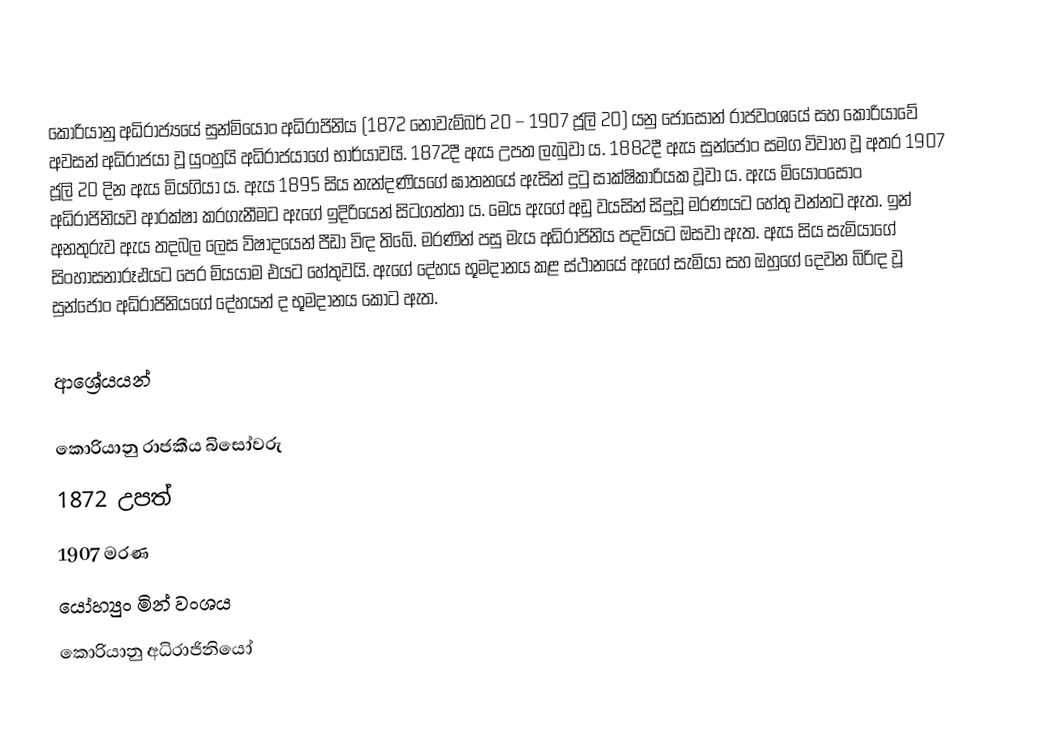
කොරියානු අධිරාජ්‍යයේ සුන්මියොං අධිරාජිනිය (1872 නොවැම්බර් 20 – 1907 ජූලි 20) යනු ජොසොන් රාජවංශයේ සහ කොරියාවේ අවසන් අධිරාජයා වූ යුංහුයි අධිරාජයාගේ භාර්යාවයි. 1872දී ඇය උපත ලැබුවා ය. 1882දී ඇය සුන්ජොං සමග විවාහ වූ අතර 1907 ජූලි 20 දින ඇය මියගියා ය. ඇය 1895 සිය නැන්දණියගේ ඝාතනයේ ඇසින් දුටු සාක්ෂිකාරියක වූවා ය. ඇය මියොංසොං අධිරාජිනියව ආරක්ෂා කරගැනීමට ඇගේ ඉදිරියෙන් සිටගත්තා ය. මෙය ඇගේ අඩු වයසින් සිදුවූ මරණයට හේතු වන්නට ඇත. ඉන් අනතුරුව ඇය තදබල ලෙස විෂාදයෙන් පීඩා විඳ තිබේ. මරණින් පසු මැය අධිරාජිනිය පදවියට ඔසවා ඇත. ඇය සිය සැමියාගේ සිංහාසනාරූඪයට පෙර මියයාම එයට හේතුවයි. ඇගේ දේහය භූමදානය කළ ස්ථානයේ ඇගේ සැමියා සහ ඔහුගේ දෙවන බිරිඳ වූ සුන්ජොං අධිරාජිනියගේ දේහයන් ද භූමදානය කොට ඇත.

ආශ්‍රේයයන්

කොරියානු රාජකීය බිසෝවරු
1872 උපත්
1907 මරණ
යෝහ්‍යුං මින් වංශය
කොරියානු අධිරාජිනියෝ